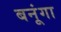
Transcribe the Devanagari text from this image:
बनूंगा